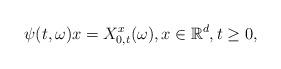
LaTeX: \begin{align*}\psi(t,\omega)x=X^x_{0,t}(\omega),x\in\mathbb{R}^d, t\geq 0,\end{align*}